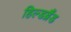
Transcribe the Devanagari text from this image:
हिल्डब्रैंड